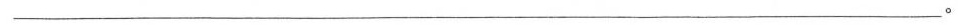
___。